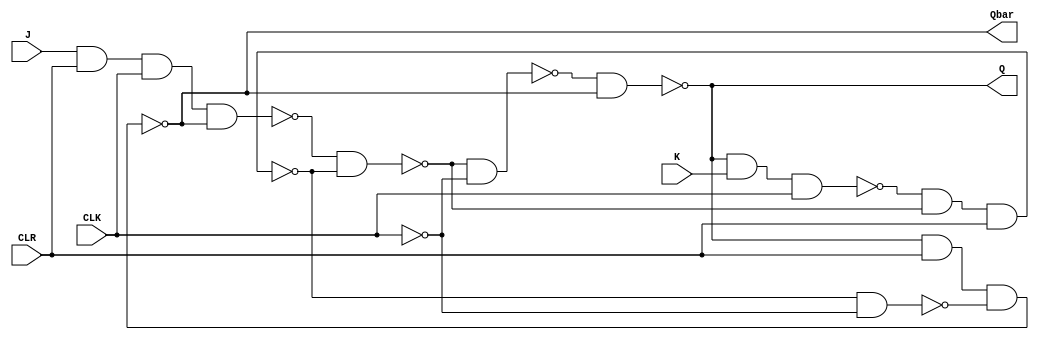
module JKFF(Q,Qbar,J,K,CLR,CLK);
	
	input J,K,CLR,CLK;
	output Q,Qbar;
	
	nand n01(a,J,CLR,CLK,Qbar);
	nand n02(b,Q,K,CLK);

	nand n11(y,a,ybar);
	nand n12(ybar,b,y,CLR);
	
	not nt(cbar,CLK);
	nand n21(c,y,cbar);
	nand n22(d,ybar,cbar);
	
	nand n31(Q,c,Qbar);
	nand n32(Qbar,Q,CLR,d);
endmodule